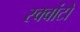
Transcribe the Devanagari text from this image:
स्क्वांटो